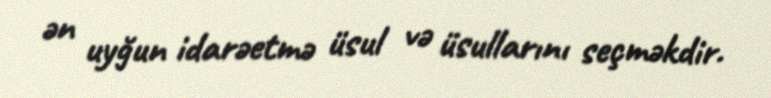
ən uyğun idarəetmə üsul və üsullarını seçməkdir.